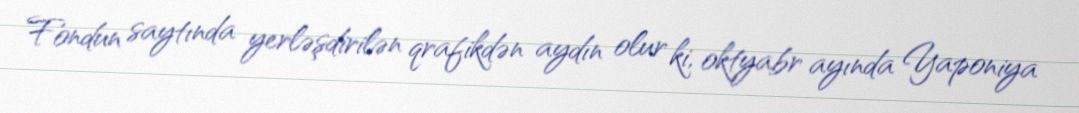
Fondun saytında yerləşdirilən qrafikdən aydın olur ki, oktyabr ayında Yaponiya